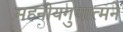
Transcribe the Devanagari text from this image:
महनीयगुणात्मने